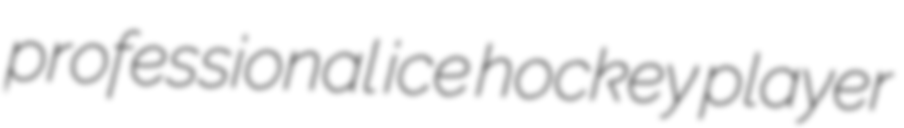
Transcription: professional ice hockey player